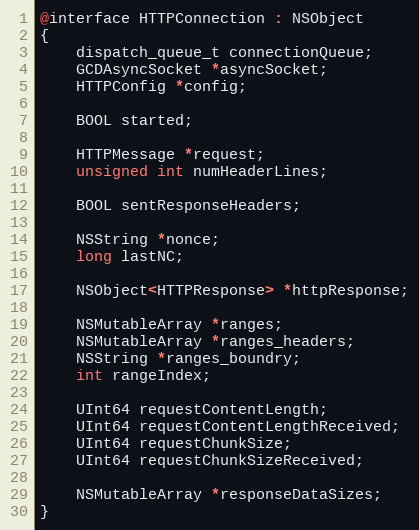
Language: C
@interface HTTPConnection : NSObject
{
    dispatch_queue_t connectionQueue;
    GCDAsyncSocket *asyncSocket;
    HTTPConfig *config;

    BOOL started;

    HTTPMessage *request;
    unsigned int numHeaderLines;

    BOOL sentResponseHeaders;

    NSString *nonce;
    long lastNC;

    NSObject<HTTPResponse> *httpResponse;

    NSMutableArray *ranges;
    NSMutableArray *ranges_headers;
    NSString *ranges_boundry;
    int rangeIndex;

    UInt64 requestContentLength;
    UInt64 requestContentLengthReceived;
    UInt64 requestChunkSize;
    UInt64 requestChunkSizeReceived;

    NSMutableArray *responseDataSizes;
}